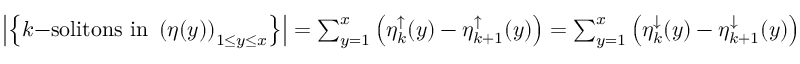
\begin{array} { r l } & { \left| \left\{ k \mathrm { - s o l i t o n s ~ i n ~ } \left( \eta ( y ) \right) _ { 1 \le y \le x } \right\} \right| = \sum _ { y = 1 } ^ { x } \left( \eta _ { k } ^ { \uparrow } ( y ) - \eta _ { k + 1 } ^ { \uparrow } ( y ) \right) = \sum _ { y = 1 } ^ { x } \left( \eta _ { k } ^ { \downarrow } ( y ) - \eta _ { k + 1 } ^ { \downarrow } ( y ) \right) } \end{array}